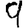
Digit: 9